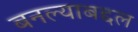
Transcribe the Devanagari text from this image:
बनल्याबद्दल